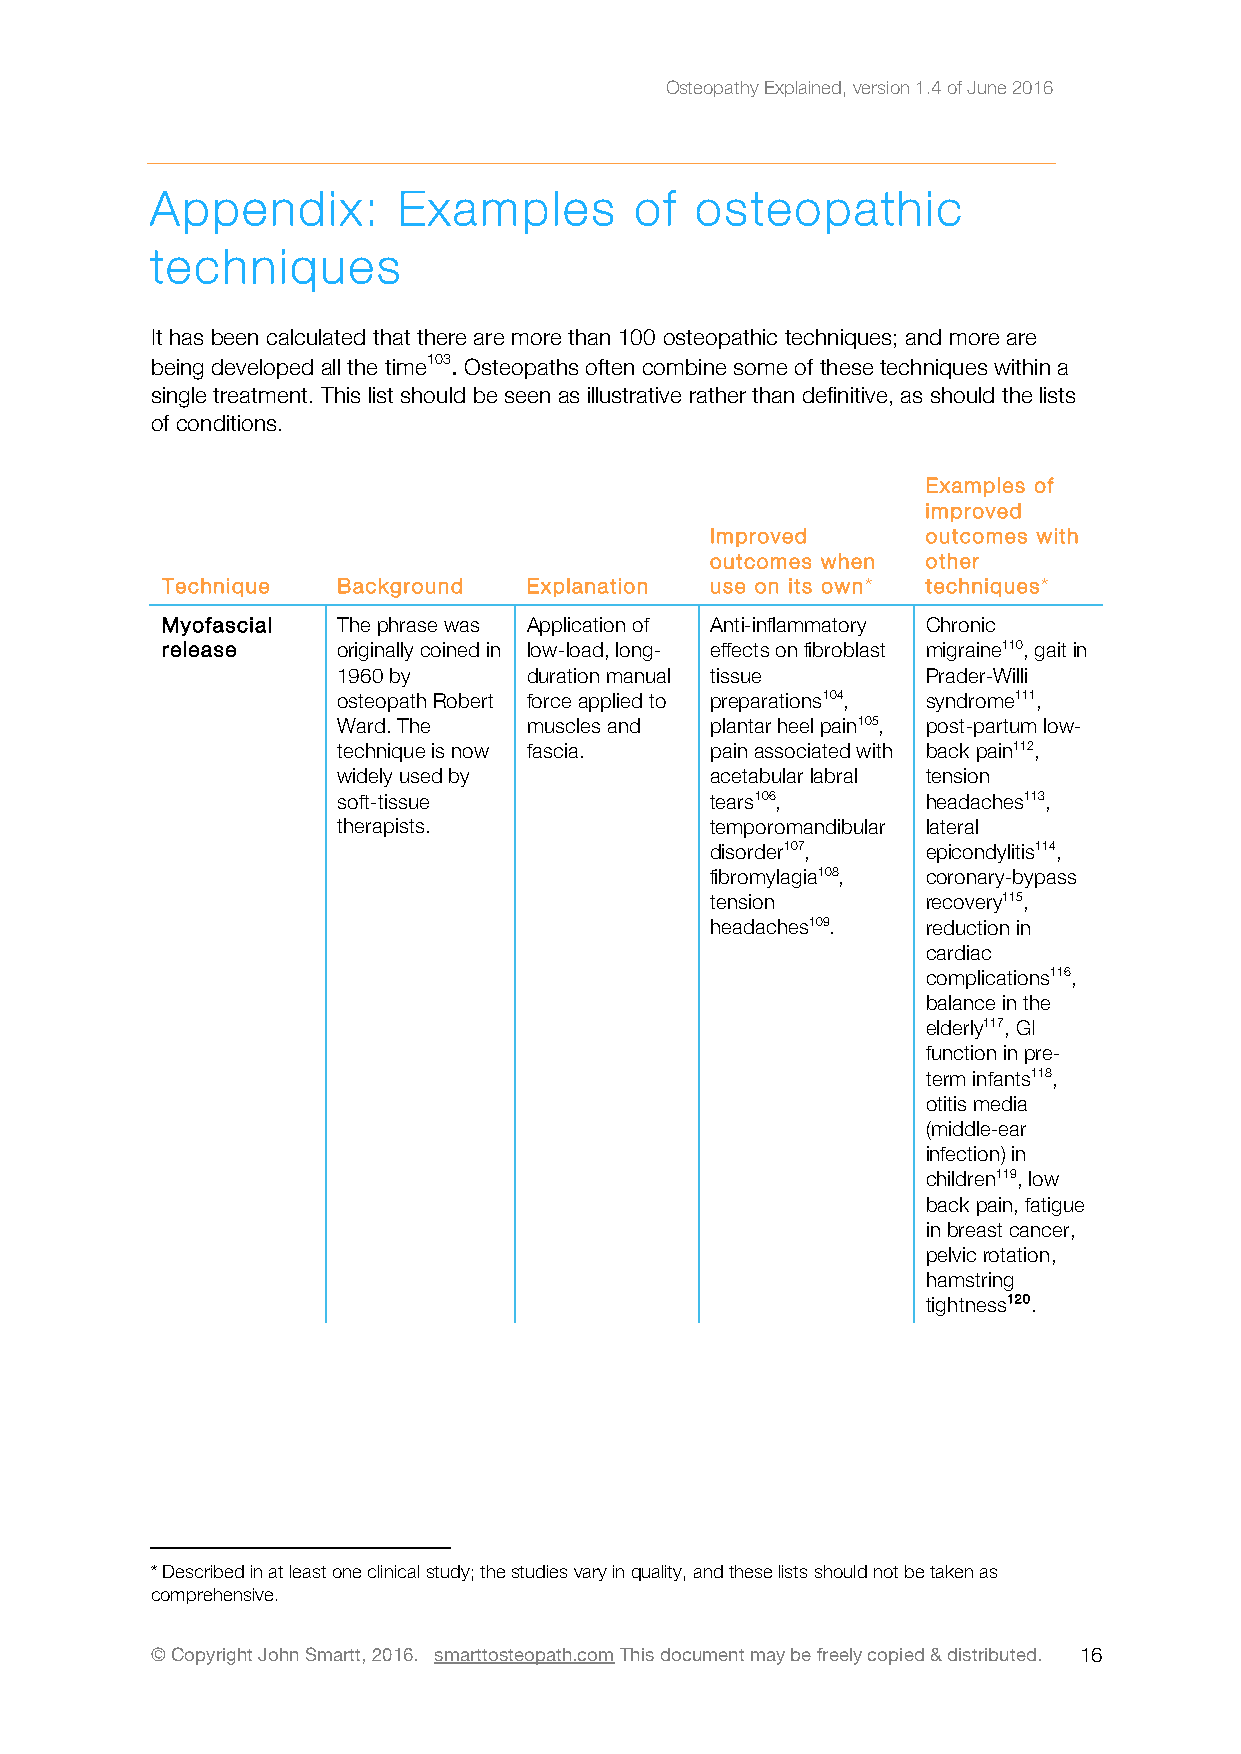
Osteopathy Explained, version 1.4 of June 2016
 Appendix:       Examples        of  osteopathic
 techniques
 It has been calculated that there are more than 100 osteopathic techniques; and more are
 being developed all the time103. Osteopaths often combine some of these techniques within a
 single treatment. This list should be seen as illustrative rather than definitive, as should the lists
 of conditions.
 Examples of
 improved
 Improved      outcomes with
 outcomes when other
 Technique  Background   Explanation use on its own* techniques*
 Myofascial The phrase was Application of Anti-inflammatory Chronic
 release    originally coined in low-load, long- effects on fibroblast migraine110, gait in
 1960 by      duration manual tissue    Prader-Willi
 osteopath Robert force applied to preparations104, syndrome111,
 Ward. The    muscles and plantar heel pain105, post-partum low-
 technique is now fascia. pain associated with back pain112,
 widely used by           acetabular labral tension
 soft-tissue              tears106,     headaches113,
 therapists.              temporomandibular lateral
 disorder107,  epicondylitis114,
 fibromylagia108, coronary-bypass
 tension       recovery115,
 headaches109. reduction in
 cardiac
 complications116,
 balance in the
 elderly117, GI
 function in pre-
 term infants118,
 otitis media
 (middle-ear
 infection) in
 children119, low
 back pain, fatigue
 in breast cancer,
 pelvic rotation,
 hamstring
 tightness120.
 * Described in at least one clinical study; the studies vary in quality, and these lists should not be taken as
 comprehensive.
 © Copyright John Smartt, 2016. smarttosteopath.com This document may be freely copied & distributed. 1 6